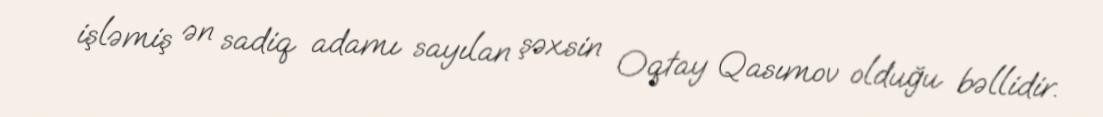
işləmiş ən sadiq adamı sayılan şəxsin Oqtay Qasımov olduğu bəllidir.